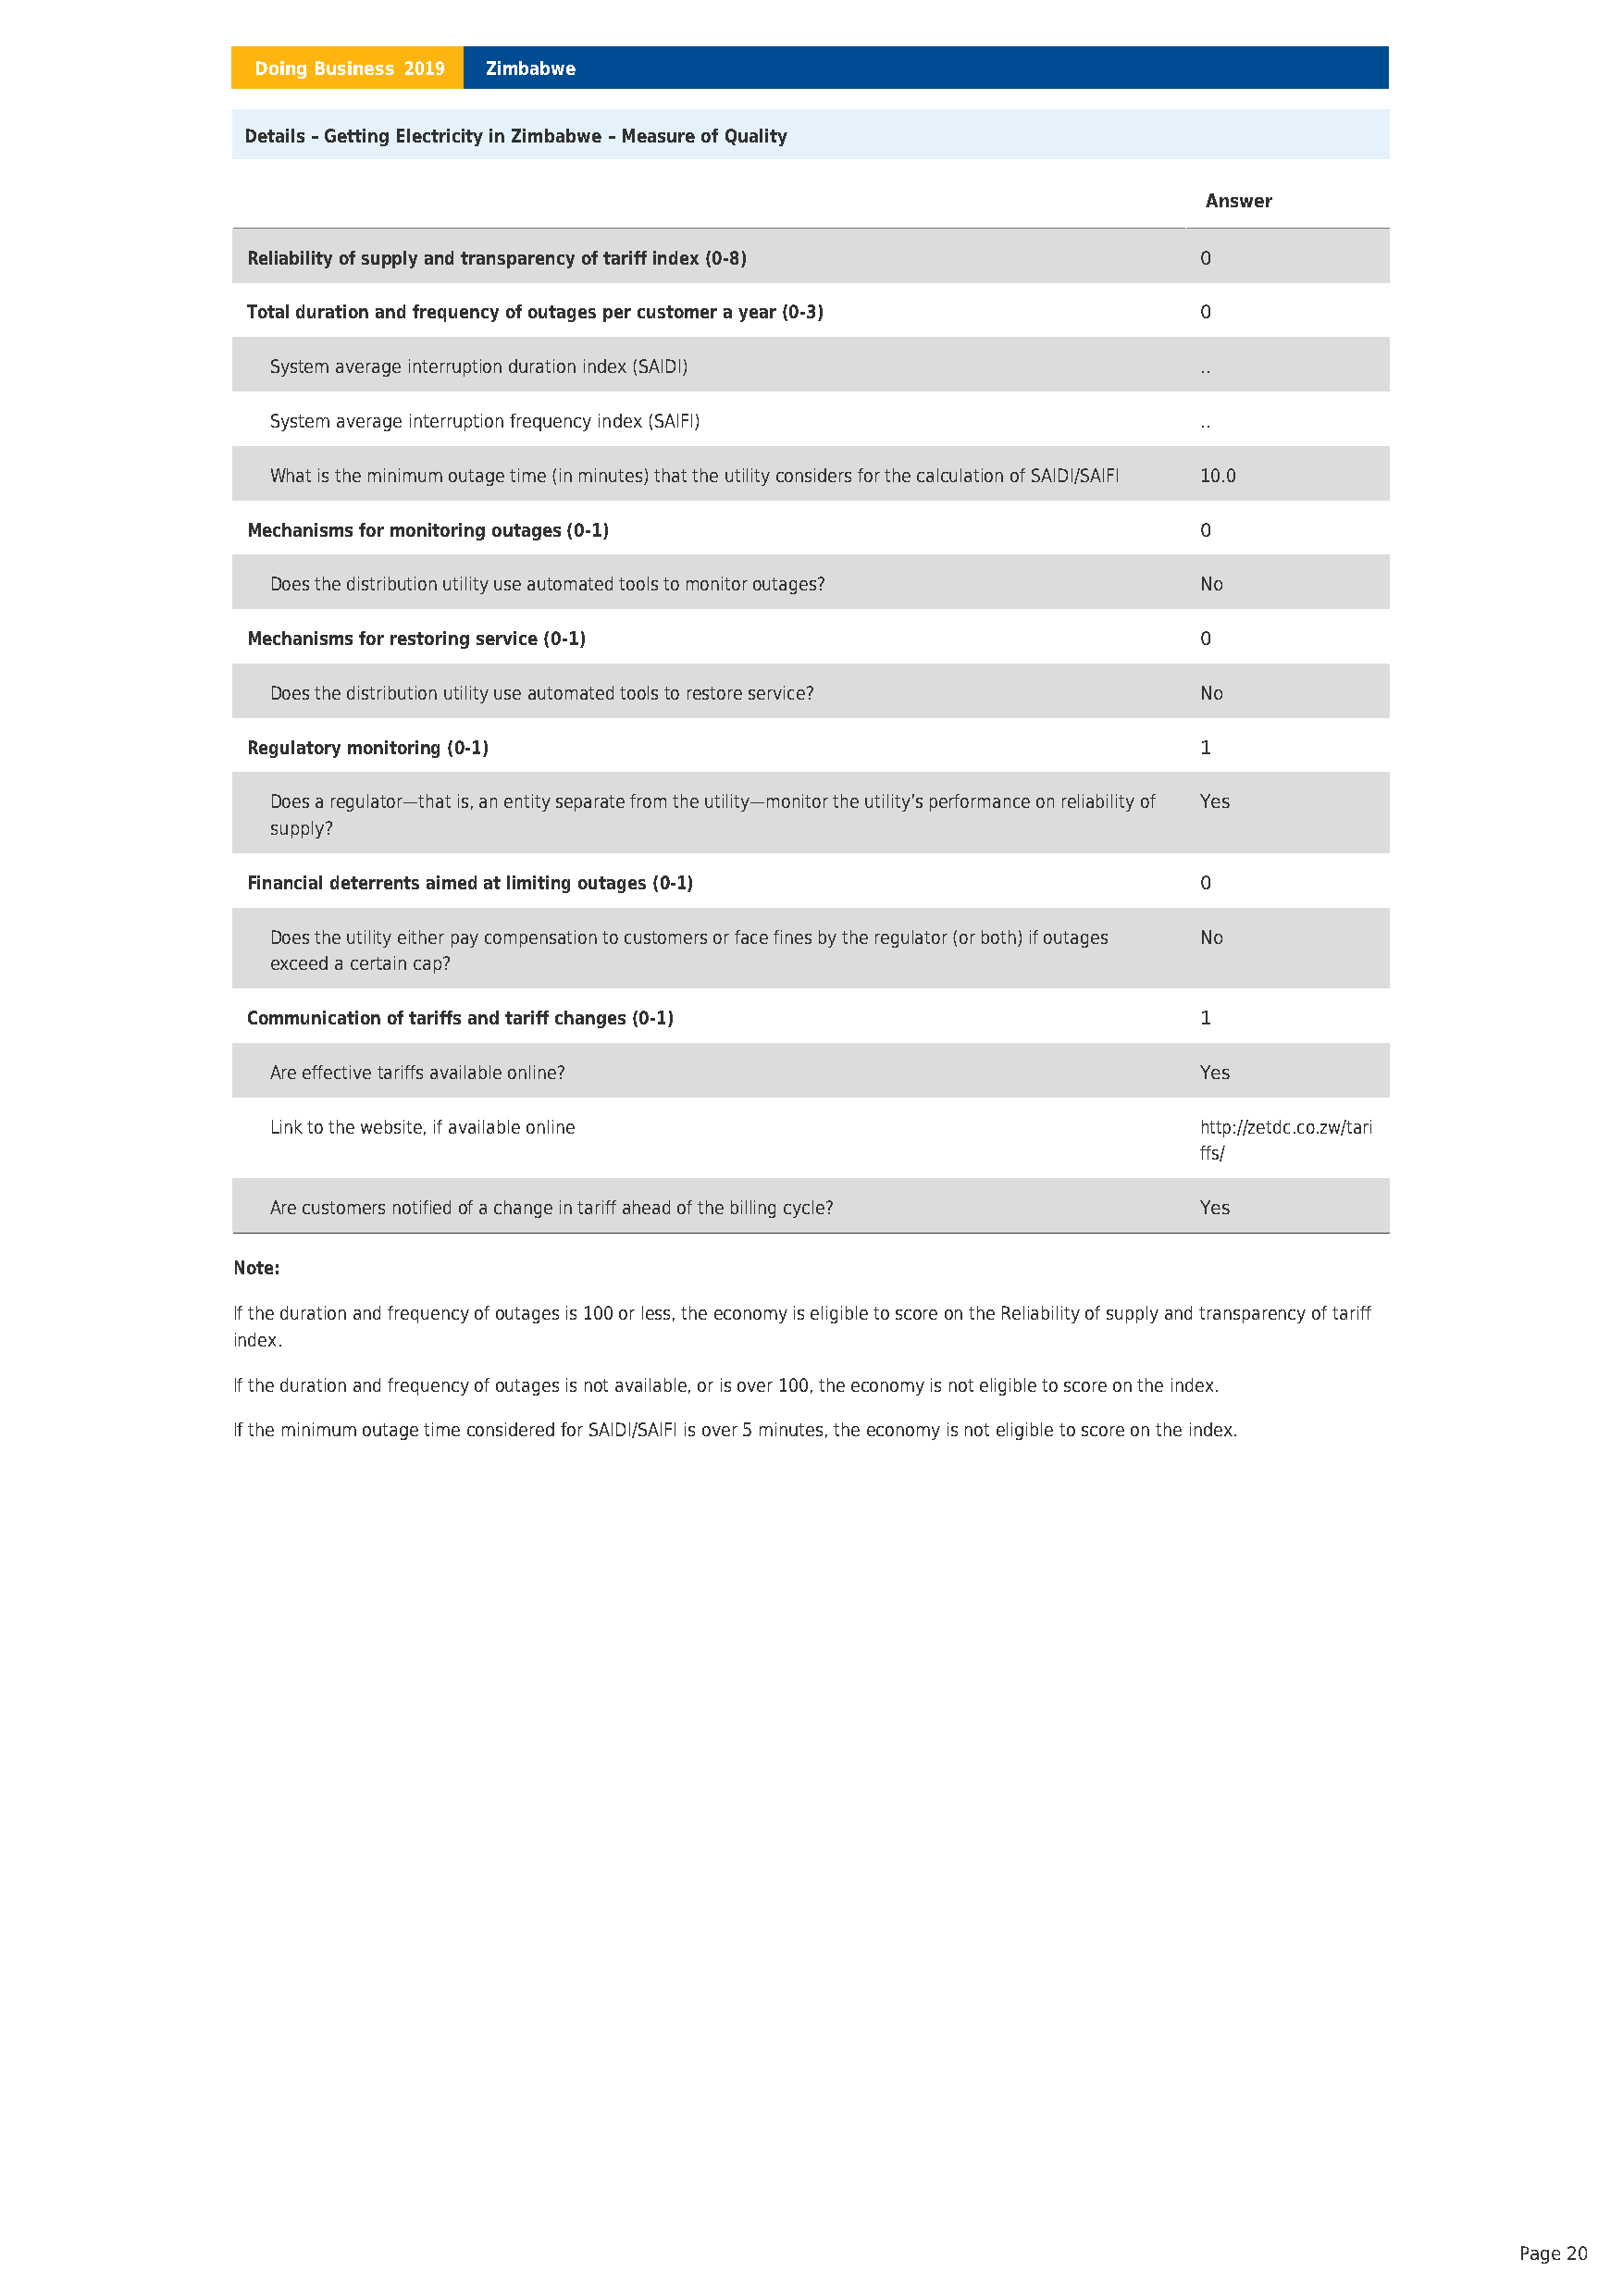
Doing Business 2019 Zimbabwe
 Details – Getting Electricity in Zimbabwe – Measure of Quality
 Answer
 Reliability of supply and transparency of tariff index (0-8)        0
 Total duration and frequency of outages per customer a year (0-3)   0
 System average interruption duration index (SAIDI)                 ..
 System average interruption frequency index (SAIFI)                ..
 What is the minimum outage time (in minutes) that the utility considers for the calculation of SAIDI/SAIFI 10.0
 Mechanisms for monitoring outages (0-1)                             0
 Does the distribution utility use automated tools to monitor outages? No
 Mechanisms for restoring service (0-1)                              0
 Does the distribution utility use automated tools to restore service? No
 Regulatory monitoring (0-1)                                         1
 Does a regulator—that is, an entity separate from the utility—monitor the utility’s performance on reliability of Yes
 supply?
 Financial deterrents aimed at limiting outages (0-1)                0
 Does the utility either pay compensation to customers or face fines by the regulator (or both) if outages No
 exceed a certain cap?
 Communication of tariffs and tariff changes (0-1)                   1
 Are effective tariffs available online?                            Yes
 Link to the website, if available online                           http://zetdc.co.zw/tari
 ffs/
 Are customers notified of a change in tariff ahead of the billing cycle? Yes
 Note:
 If the duration and frequency of outages is 100 or less, the economy is eligible to score on the Reliability of supply and transparency of tariff
 index.
 If the duration and frequency of outages is not available, or is over 100, the economy is not eligible to score on the index.
 If the minimum outage time considered for SAIDI/SAIFI is over 5 minutes, the economy is not eligible to score on the index.
 Page 20